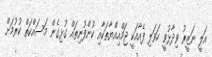
އަލީ ނަޒީރު ވިދާޅުވީ ހަވަލި ފެއާއަކީ ޖަމްއިއްޔާތަކާއި ކުންފުނިތައް ގުޅިގެން މަސައްކަތް ކުރުމަށް